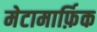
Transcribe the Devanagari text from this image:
मेटामार्फ़िक